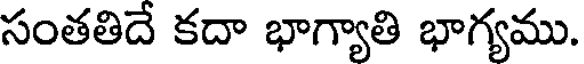
సంతతిదే కదా భాగ్యాతి భాగ్యము.